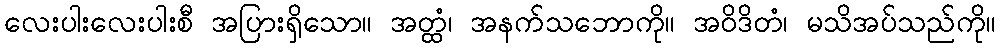
လေးပါးလေးပါးစီ အပြားရှိသော။ အတ္ထံ၊ အနက်သဘောကို။ အဝိဒိတံ၊ မသိအပ်သည်ကို။